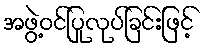
အဖွဲ့ဝင်ပြုလုပ်ခြင်းဖြင့်